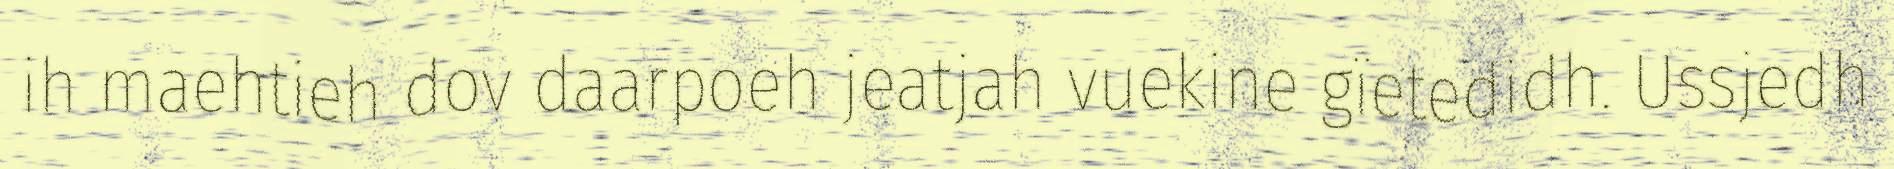
ih maehtieh dov daarpoeh jeatjah vuekine gïetedidh. Ussjedh